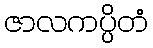
ဇာလကပ္ပိတံ